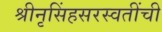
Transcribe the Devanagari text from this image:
श्रीनृसिंहसरस्वतींची